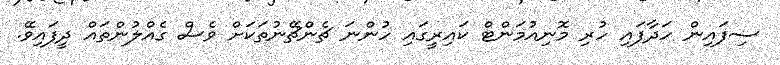
ސިފައިން ހަދާފައި ހުރި މޮނިއުމަންޓް ކައިރީގައި ހުންނަ ޗެންޗޭނުތަކަށް ވެސް ގެއްލުންތައް ދީފައިވޭ.